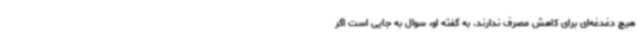
هیچ دغدغه‌ای برای کاهش مصرف ندارند. به گفته او، سوال به جایی است اگر